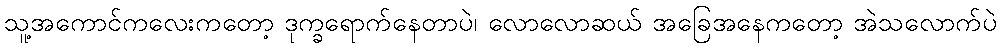
သူ့အကောင်ကလေးကတော့ ဒုက္ခရောက်နေတာပဲ၊ လောလောဆယ် အခြေအနေကတော့ အဲသလောက်ပဲ